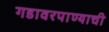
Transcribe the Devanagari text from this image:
गडावरपाण्याची